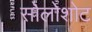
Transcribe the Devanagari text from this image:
सोलोशोट